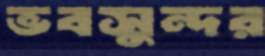
ভবসুন্দর